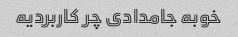
خوبه جامدادی چر کاربردیه